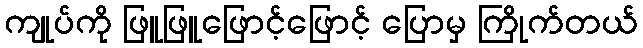
ကျုပ်ကို ဖြူဖြူဖြောင့်ဖြောင့် ပြောမှ ကြိုက်တယ်